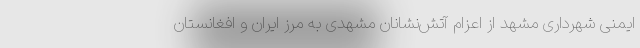
ایمنی شهرداری مشهد از اعزام آتش‌نشانان مشهدی به مرز ایران و افغانستان